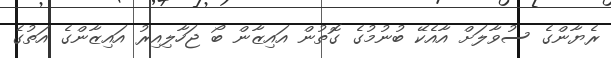
ރެޔާންގެ ސުވާލަށް އާއެކޭ ބުނުމުގެ ގޮތުން އައިޒާން ބޯ ޖަހާލިއިރު އައިޒާންގެ އަތުގެ